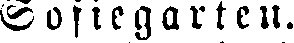
Sofiegarten.